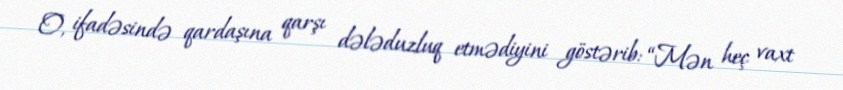
O, ifadəsində qardaşına qarşı dələduzluq etmədiyini göstərib: “Mən heç vaxt